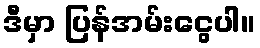
ဒီမှာ ပြန်အမ်းငွေပါ။